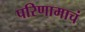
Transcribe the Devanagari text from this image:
परिणामाचं